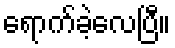
ရောက်ခဲ့လေပြီ။